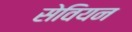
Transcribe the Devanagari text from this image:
सेवियन